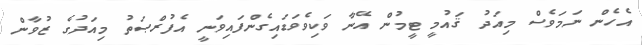
އެހެން ނަމަވެސް މިއަދު ޤައުމީ ޓީމުން އޭނާ ވަކިވެވަޑައިގެންފައިވަނީ އެފުރްޞަތު މިއަދުގެ ޒުވާން